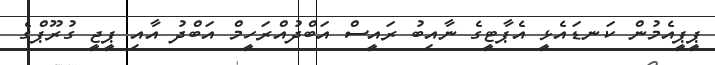
ޕީޕީއެމުން ކަނޑައެޅީ އެޕާޓީގެ ނާއިބު ރައީސް އަބްދުއްރަހީމް އަބްދު އާއި ޕީޖީ ގުރޫޕްގެ